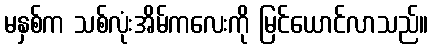
မနှစ်က သစ်လုံးအိမ်ကလေးကို မြင်ယောင်လာသည်။